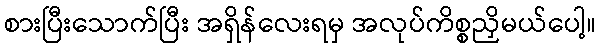
စားပြီးသောက်ပြီး အရှိန်လေးရမှ အလုပ်ကိစ္စညှိမယ်ပေါ့။